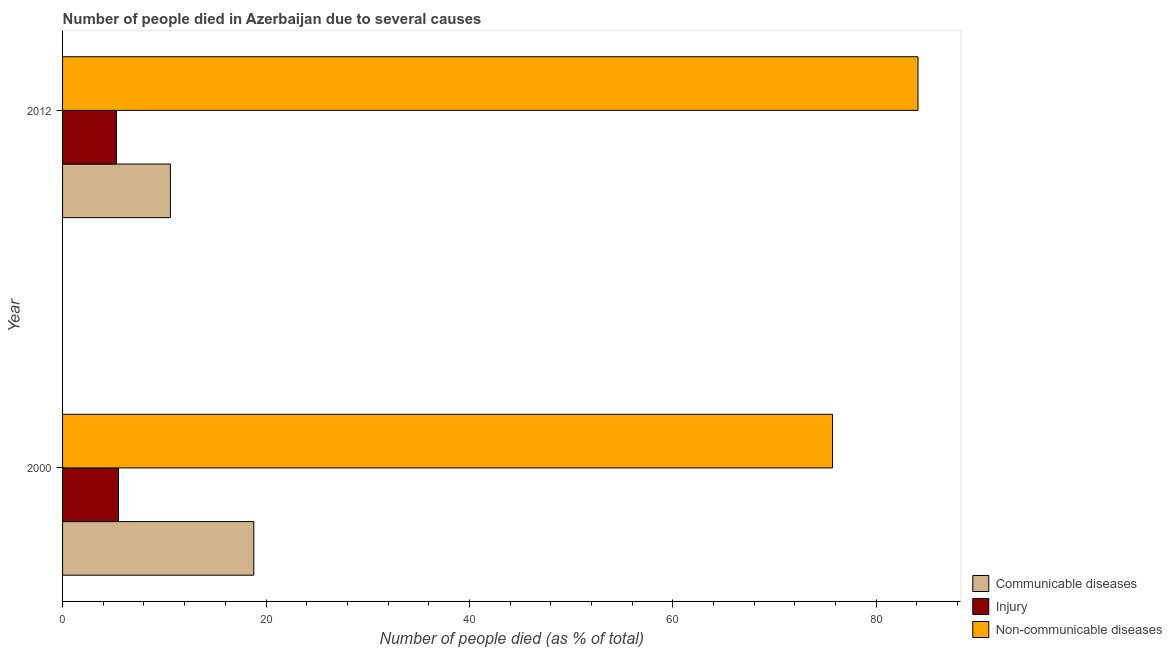
| Year | Communicable diseases | Injury | Non-communicable diseases |
 | --- | --- | --- | --- |
 | 2000 | 18.8 | 5.5 | 75.7 |
 | 2012 | 10.6 | 5.3 | 84.1 |